Report on plague in the Punjab from October 1st ... to September 30th ..., being the ... season of plague in the province
Disease focus: Plague
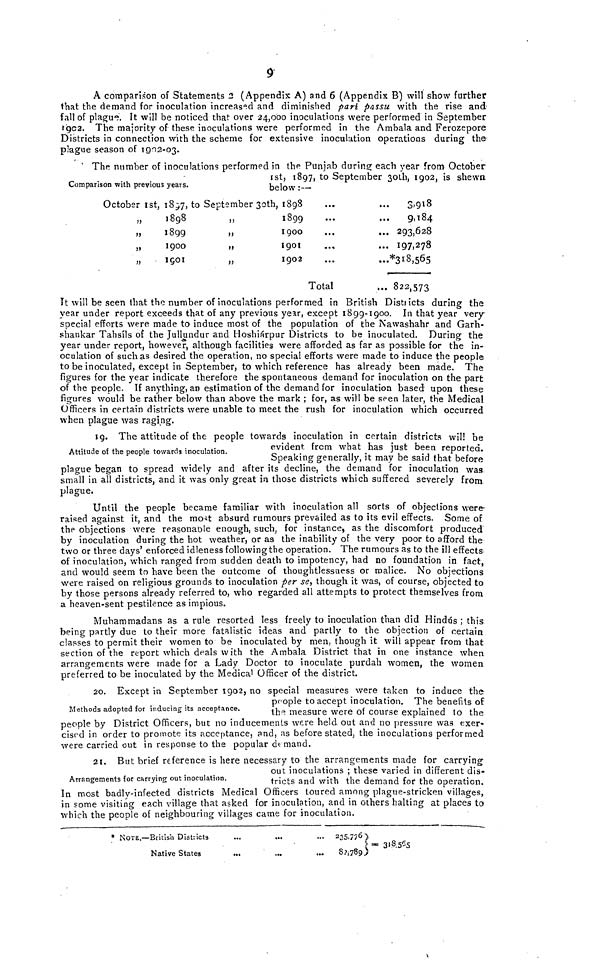
9
A comparison of Statements 2 (Appendix A) and 6 (Appendix B) will show further
that the demand for inoculation increased and diminished part passu with the rise and
fall of plague. It will be noticed that over 24,000 inoculations were performed in September
1902. The majority of these inoculations were performed in the Ambala and Ferozepore
Districts in connection with the scheme for extensive inoculation operations during the
plague season of 1902-03.
Comparison with previous years.
The number of inoculations performed in the Punjab during each year from October
1st, 1897, to September 30th, 1902, is shewn
below:—
October 1st, 1897.
1898
1899
1900
1901
to September 30th, 1898
1899
1900
1902
Total
3,918
9,184
... 293,628
... 197,278
...*318,565
... 822,573
It will be seen that the number of inoculations performed in British Districts during the
year under report exceeds that of any previous year, except 1899-1900. In that year very-
special efforts were made to induce most of the population of the Nawashahr and Garh-
shankar Tahsils of the Jullundur and HoshiSrpur Districts to be inoculated. During the
year under report, however, although facilities were afforded as far as possible for the in-
oculation of such as desired the operation, no special efforts were made to induce the people
to be inoculated, except in September, to which reference has already been made. The
figures for the year indicate therefore the spontaneous demand for inoculation on the part
of the people. If anything, an estimation of the demand for inoculation based upon these
figures would be rather below than above the mark ; for, as will be seen later, the Medical
Officers in certain districts were unable to meet the rush for inoculation which occurred
when plague was raging.
Attitude of the people towards inoculation.
19. The attitude of the people towards inoculation in certain districts will be
evident from what has just been reported.
Speaking generally, it may be said that before
plague began to spread widely and after its decline, the demand for inoculation was
small in all districts, and it was only great in those districts which suffered severely from
plague.
Until the people became familiar with inoculation all sorts of objections were-
raised against it, and the most absurd rumours prevailed as to its evil effects. Some of
the objections were reasonable enough, such, for instance, as the discomfort produced
by inoculation during the hot weather, or as the inability of the very poor to afford the
two or three days' enforced idleness following the operation. The rumours as to the ill effects
of inoculation, which ranged from sudden death to impotency, had no foundation in fact
and would seem to have been the outcome of thoughtlessness or malice. No objections
were raised on religious grounds to inoculation per se, though it was, of course, objected to
by those persons already referred to, who regarded all attempts to protect themselves from
a heaven-sent pestilence as impious.
Muhammadans as a rule resorted less freely to inoculation than did Hindus ; this
being partly due to their more fatalistic ideas and partly to the objection of certain
classes to permit their women to be inoculated by men, though it will appear from that
section of the report which deals with the Ambala District that in one instance when
arrangements were made for a Lady Doctor to inoculate purdah women, the women
preferred to be inoculated by the Medical Officer of the district.
Methods adopted for inducing its acceptance.
20. Except in September 1902, no special measures were taken to induce the
people to accept inoculation. The benefits of
the measure were of course explained to the
people by District Officers, but no inducements were held out and no pressure was exer-
cised in order to promote its acceptance, and, as before stated, the inoculations performed
were carried out in response to the popular demand.
Arrangements for carrying out inoculation.
21. But brief reference is here necessary to the arrangements made for carrying
out inoculations ; these varied in different dis-
tricts and with the demand for the operation.
In most badly-infected districts Medical (Officers toured among plague-stricken villages,
in some visiting each village that asked for inoculation, and in others halting at places to
which the people of neighbouring villages came for inoculation.
* NOTE.—British Districts
Native States
...
... 235,776
82,789
318,565